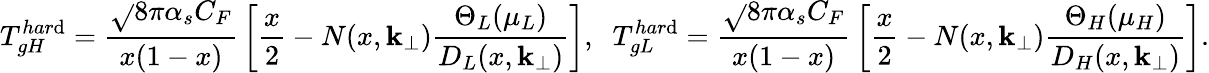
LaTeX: T_{gH}^{har\mathrm{d}}={\frac{{\sqrt{}{{8\pi\alpha_{s}C_{F}}}}}{{x(1-x)}}}\left[{\frac{{x}}{{2}}}-N(x,{\mathbf{k}}_{\perp}){\frac{{\Theta_{L}(\mu_{L})}}{{D_{L}(x,{\mathbf{k}}_{\perp})}}}\right],\; \; T_{gL}^{har\mathrm{d}}={\frac{{\sqrt{}{{8\pi\alpha_{s}C_{F}}}}}{{x(1-x)}}}\left[{\frac{{x}}{{2}}}-N(x,{\mathbf{k}}_{\perp}){\frac{{\Theta_{H}(\mu_{H})}}{{D_{H}(x,{\mathbf{k}}_{\perp})}}}\right].